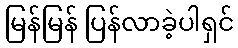
မြန်မြန် ပြန်လာခဲ့ပါရှင်